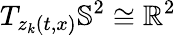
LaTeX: T_{z_{k}(t,x)}\mathbb{S}^{2}\cong\mathbb{R}^{2}